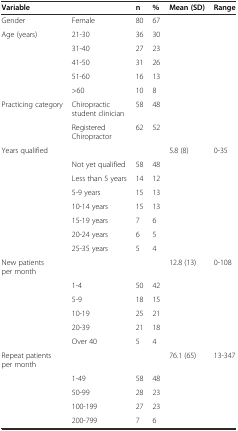
| Variable |  | n | % | Mean (SD) | Range |
 | --- | --- | --- | --- | --- | --- |
 | Gender | Female | 80 | 67 |  |  |
 | Age (years) | 21-30 | 36 | 30 |  |  |
 |  | 31-40 | 27 | 23 |  |  |
 |  | 41-50 | 31 | 26 |  |  |
 |  | 51-60 | 16 | 13 |  |  |
 |  | >60 | 10 | 8 |  |  |
 | Practicing category | Chiropractic student clinician | 58 | 48 |  |  |
 |  | Registered Chiropractor | 62 | 52 |  |  |
 | Years qualified |  |  |  | 5.8 (8) | 0-35 |
 |  | Not yet qualified | 58 | 48 |  |  |
 |  | Less than 5 years | 14 | 12 |  |  |
 |  | 5-9 years | 15 | 13 |  |  |
 |  | 10-14 years | 15 | 13 |  |  |
 |  | 15-19 years | 7 | 6 |  |  |
 |  | 20-24 years | 6 | 5 |  |  |
 |  | 25-35 years | 5 | 4 |  |  |
 | New patients per month |  |  |  | 12.8 (13) | 0-108 |
 |  | 1-4 | 50 | 42 |  |  |
 |  | 5-9 | 18 | 15 |  |  |
 |  | 10-19 | 25 | 21 |  |  |
 |  | 20-39 | 21 | 18 |  |  |
 |  | Over 40 | 5 | 4 |  |  |
 | Repeat patients per month |  |  |  | 76.1 (65) | 13-347 |
 |  | 1-49 | 58 | 48 |  |  |
 |  | 50-99 | 28 | 23 |  |  |
 |  | 100-199 | 27 | 23 |  |  |
 |  | 200-799 | 7 | 6 |  |  |